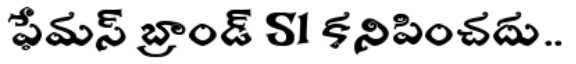
ఫేమస్ బ్రాండ్ S1 కనిపించదు..